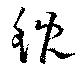
鯢